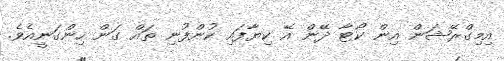
އިމިގްރޭޝަން އިން ކޯޓާ ދޭން އޭ ކިޔާފައި ކުންފުނި ތައް ގަން ހިންގަނީއެވެ.